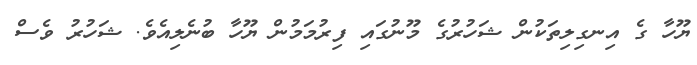
ޔޫހާ ގެ އިނގިލިތަކުން ޝަހުރުގެ މޫނުގައި ފިރުމަމުން ޔޫހާ ބުނެލިއެވެ. ޝަހުރު ވެސް